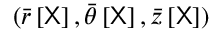
( \bar { r } \left[ \sf X \right] , \bar { \theta } \left[ \sf X \right] , \bar { z } \left[ \sf X \right] )